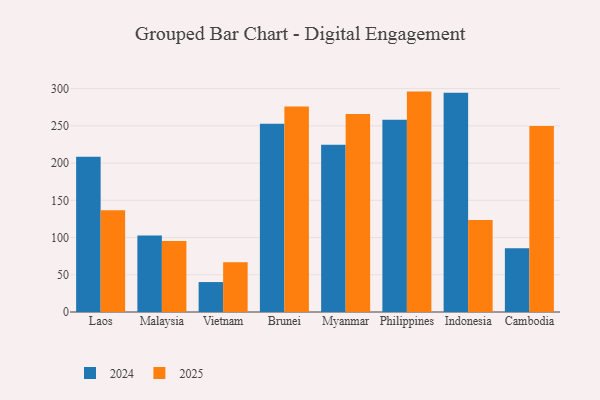
{"axis": {"x": "Country", "y": "Demand Index"}, "legend": ["2024", "2025"], "data": [{"x": "Laos", "y": 136.5, "type": "2025"}, {"x": "Laos", "y": 208.4, "type": "2024"}, {"x": "Malaysia", "y": 95.5, "type": "2025"}, {"x": "Malaysia", "y": 102.8, "type": "2024"}, {"x": "Vietnam", "y": 66.8, "type": "2025"}, {"x": "Vietnam", "y": 40.2, "type": "2024"}, {"x": "Brunei", "y": 276.1, "type": "2025"}, {"x": "Brunei", "y": 252.7, "type": "2024"}, {"x": "Myanmar", "y": 266.0, "type": "2025"}, {"x": "Myanmar", "y": 224.5, "type": "2024"}, {"x": "Philippines", "y": 296.0, "type": "2025"}, {"x": "Philippines", "y": 258.1, "type": "2024"}, {"x": "Indonesia", "y": 123.6, "type": "2025"}, {"x": "Indonesia", "y": 294.4, "type": "2024"}, {"x": "Cambodia", "y": 249.9, "type": "2025"}, {"x": "Cambodia", "y": 85.7, "type": "2024"}]}